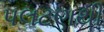
પલટણથી